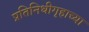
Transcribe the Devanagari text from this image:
प्रतिनिधीगृहाच्या